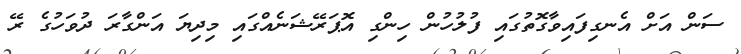
ސަން އަށް އެނގިފައިވާގޮތުގައި ފުލުހުން ހިންގި އޮޕަރޭޝަނެއްގައި މިދިޔަ އަންގާރަ ދުވަހުގެ ރޭ